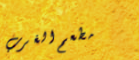
مطعم الغرب